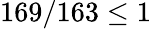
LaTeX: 169/163\leq 1